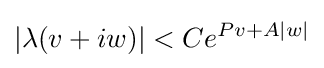
|\lambda (v+iw)|<Ce^{Pv+A|w|}